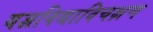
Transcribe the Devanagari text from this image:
यज्ञविद्याविचक्षण